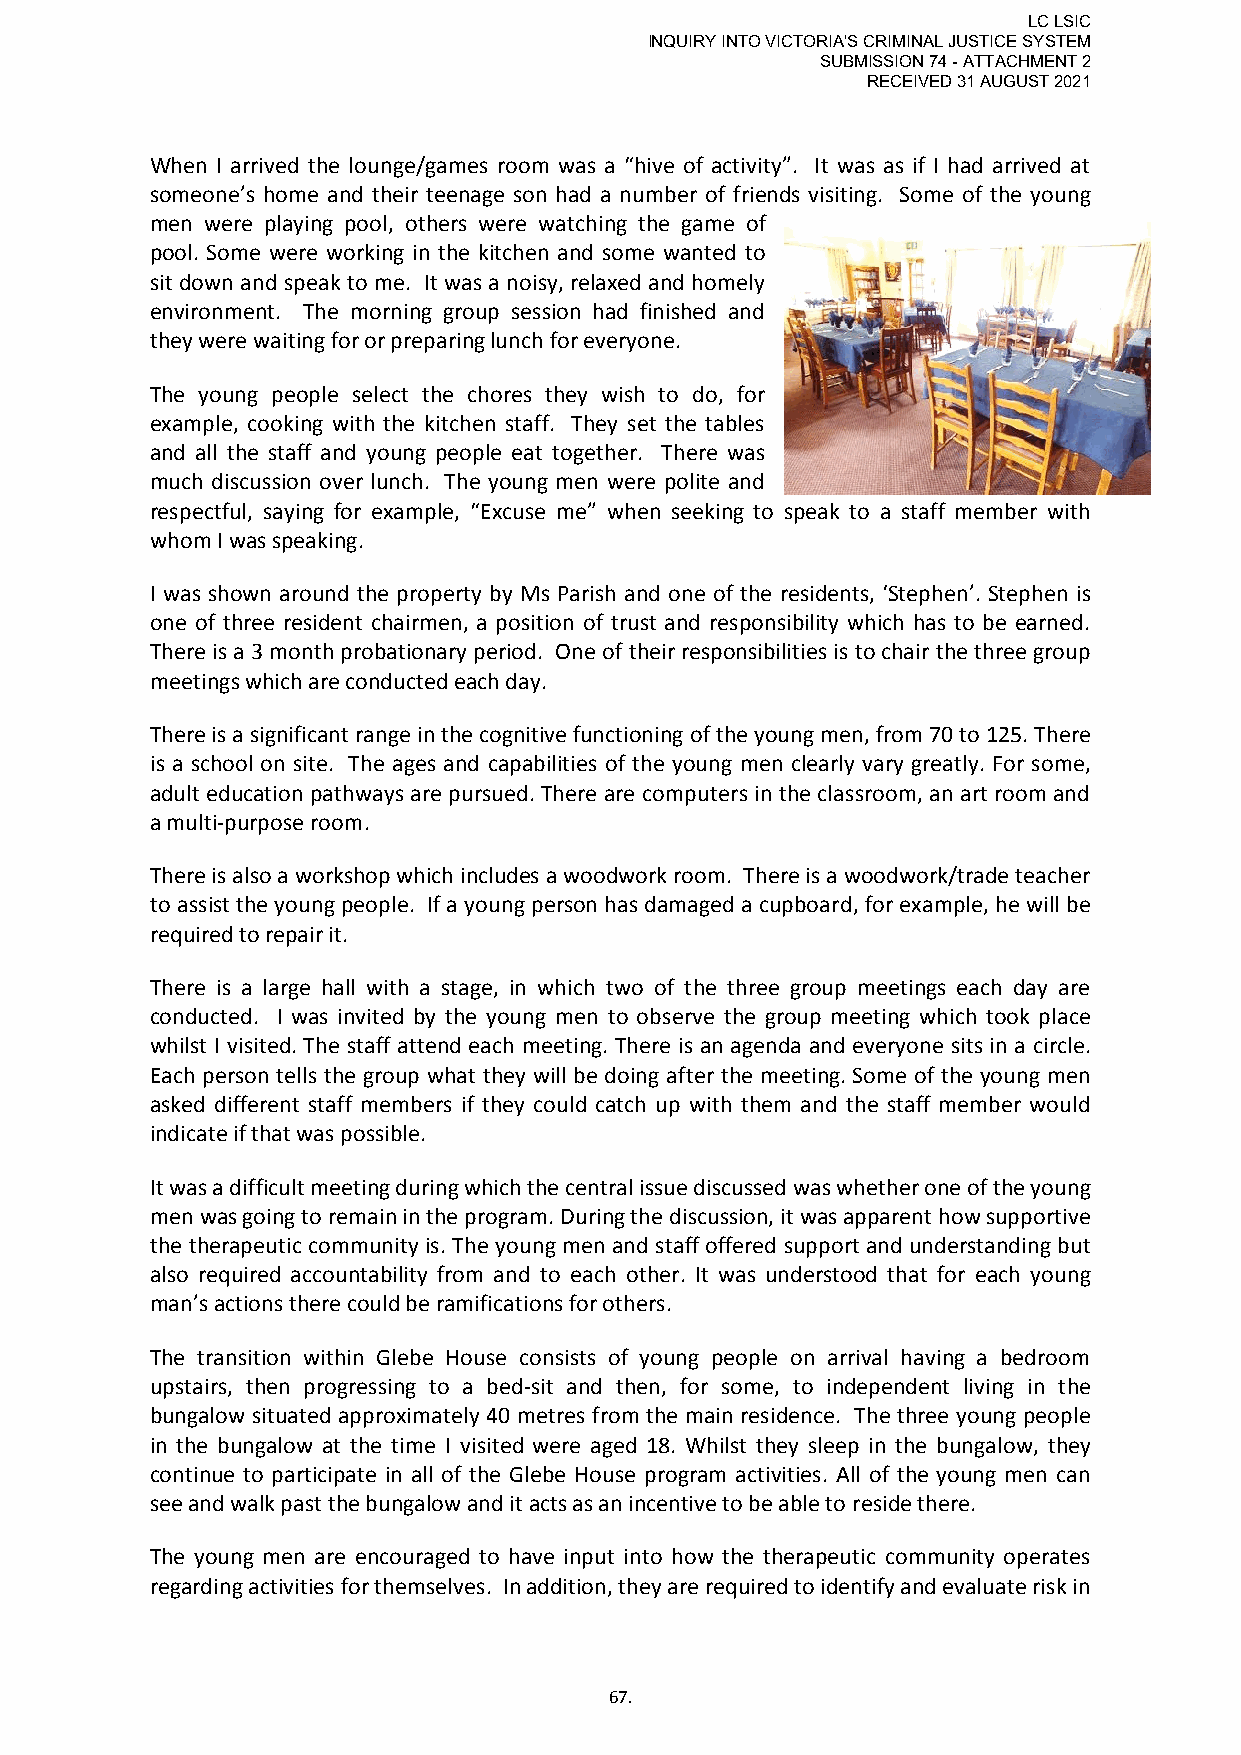
LC LSIC
 INQUIRY INTO VICTORIA'S CRIMINAL JUSTICE SYSTEM
 SUBMISSION 74 - ATTACHMENT 2
 RECEIVED 31 AUGUST 2021
 When I arrived the lounge/games room was a “hive of activity”. It was as if I had arrived at
 someone’s home and their teenage son had a number of friends visiting. Some of the young
 men were playing pool, others were watching the game of
 pool. Some were working in the kitchen and some wanted to
 sit down and speak to me. It was a noisy, relaxed and homely
 environment. The morning group session had finished and
 they were waiting for or preparing lunch for everyone.
 The young people select the chores they wish to do, for
 example, cooking with the kitchen staff. They set the tables
 and all the staff and young people eat together. There was
 much discussion over lunch. The young men were polite and
 respectful, saying for example, “Excuse me” when seeking to speak to a staff member with
 whom I was speaking.
 I was shown around the property by Ms Parish and one of the residents, ‘Stephen’. Stephen is
 one of three resident chairmen, a position of trust and responsibility which has to be earned.
 There is a 3 month probationary period. One of their responsibilities is to chair the three group
 meetings which are conducted each day.
 There is a significant range in the cognitive functioning of the young men, from 70 to 125. There
 is a school on site. The ages and capabilities of the young men clearly vary greatly. For some,
 adult education pathways are pursued. There are computers in the classroom, an art room and
 a multi-purpose room.
 There is also a workshop which includes a woodwork room. There is a woodwork/trade teacher
 to assist the young people. If a young person has damaged a cupboard, for example, he will be
 required to repair it.
 There is a large hall with a stage, in which two of the three group meetings each day are
 conducted. I was invited by the young men to observe the group meeting which took place
 whilst I visited. The staff attend each meeting. There is an agenda and everyone sits in a circle.
 Each person tells the group what they will be doing after the meeting. Some of the young men
 asked different staff members if they could catch up with them and the staff member would
 indicate if that was possible.
 It was a difficult meeting during which the central issue discussed was whether one of the young
 men was going to remain in the program. During the discussion, it was apparent how supportive
 the therapeutic community is. The young men and staff offered support and understanding but
 also required accountability from and to each other. It was understood that for each young
 man’s actions there could be ramifications for others.
 The transition within Glebe House consists of young people on arrival having a bedroom
 upstairs, then progressing to a bed-sit and then, for some, to independent living in the
 bungalow situated approximately 40 metres from the main residence. The three young people
 in the bungalow at the time I visited were aged 18. Whilst they sleep in the bungalow, they
 continue to participate in all of the Glebe House program activities. All of the young men can
 see and walk past the bungalow and it acts as an incentive to be able to reside there.
 The young men are encouraged to have input into how the therapeutic community operates
 regarding activities for themselves. In addition, they are required to identify and evaluate risk in
 67.